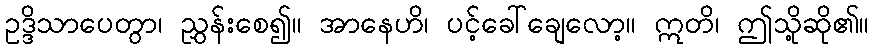
ဥဒ္ဒိသာပေတွာ၊ ညွှန်းစေ၍။ အာနေဟိ၊ ပင့်ခေါ်ချေလော့။ ဣတိ၊ ဤသို့ဆို၏။